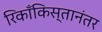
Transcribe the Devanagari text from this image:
रिकाँकिस्तानंतर